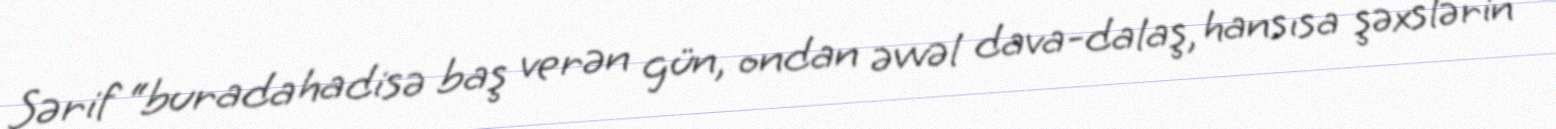
Şərif “burada hadisə baş verən gün, ondan əvvəl dava-dalaş, hansısa şəxslərin